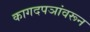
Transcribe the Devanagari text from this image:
कागदपञांवरून